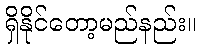
ရှိနိုင်တော့မည်နည်း။